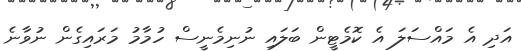
އަދި އެ މައްސަލަ އެ ކޮމެޓީން ބަލައި ނުނިމެނީސް ހުމާމު މަރައިގެން ނުވާނެ